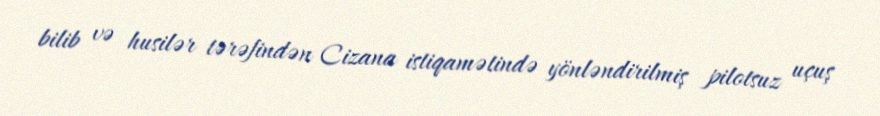
bilib və husilər tərəfindən Cizana istiqamətində yönləndirilmiş pilotsuz uçuş